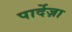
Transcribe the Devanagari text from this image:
पार्देज़ा